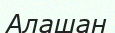
Алашан